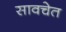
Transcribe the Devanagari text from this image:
सावचेत